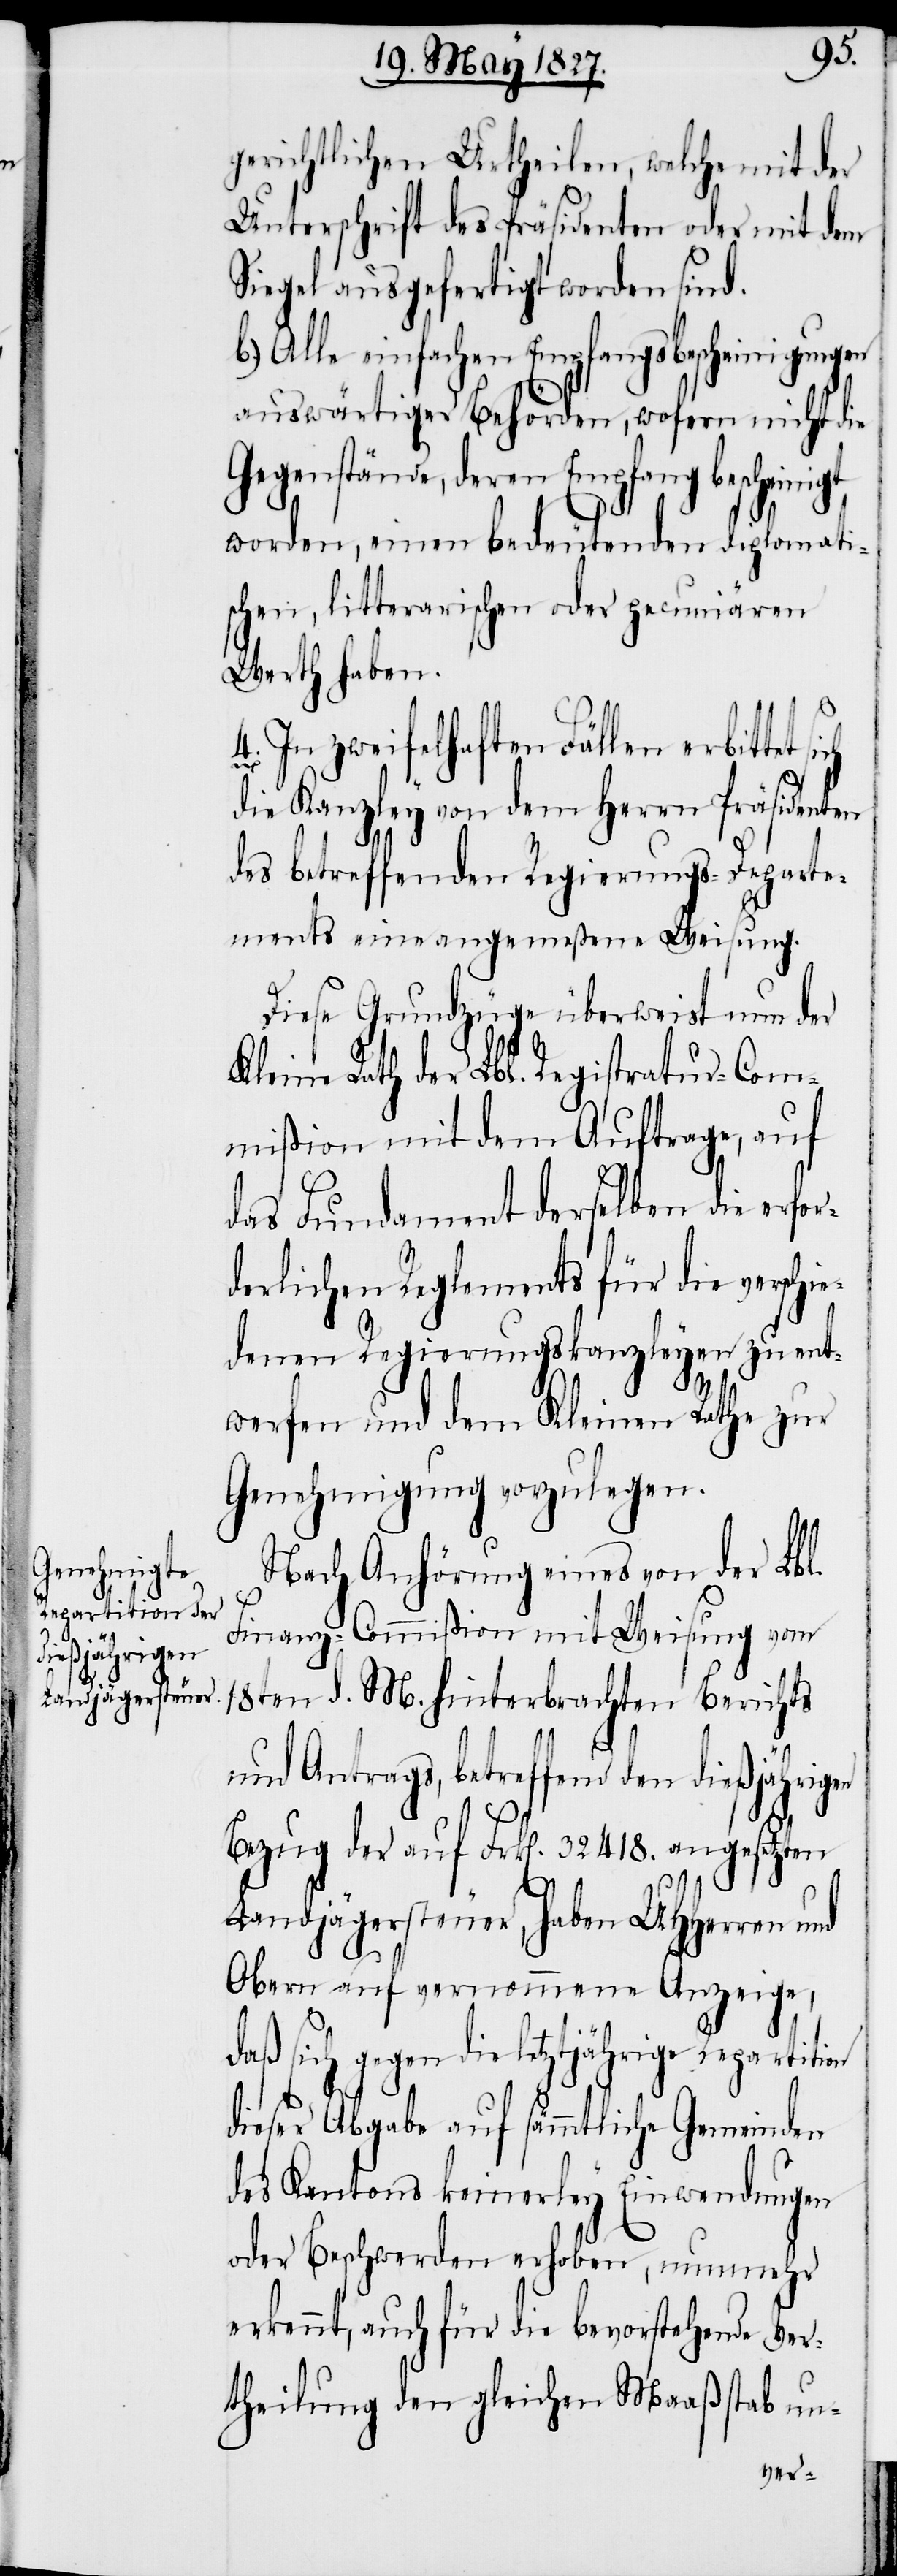
ie¬
gerichtlichen Urtheilen, welche mit der
Unterschrift des Präsidenten oder mit dem
Siegel ausgefertigt worden sind.
b.) Alle einfachen Empfangsbescheinigungen
auswärtiger Behörden, wofern nicht die
Gegenstände, deren Empfang bescheini¬
worden, einen bedeutenden diplomati¬
schen, litterarischen oder pecuniären
Werth haben.
4. In zweifelhaften Fällen erbittet
die Kanzley von dem Herrn Präsidenten
des betreffenden Regierungs-Departe¬
ments eine angemeßene Weisung.
Diese Grundzüge überweist nun der
Kleine Rath der Lbl. Registratur-Com¬
mißion mit dem Auftrage, auf
das Fundament derselben die erfor¬
derlichen Reglements für die versch¬
denen Regierungskanzleyen zu ent¬
werfen und dem Kleinen Rathe zur
Genehmigung vorzulegen.
Nach Anhörung eines von der Lbl.
Finanz-Commißion mit Weisung vom
18ten d. M. hinterbrachten Berichts
und Antrags, betreffend den dießjährig¬
Bezug der auf Frk[en]. 31418. angesetzten
gt
Landjägersteuer, haben UHHerren und
on
Obern auf vernommene Anzeige,
daß sich gegen die letztjährige Repartiti¬
dieser Abgabe auf sämmtliche Gemeinden
des Kantons keinerley Einwendungen
oder Beschwerden erhoben, nunmehr
erkennt, auch für die bevorstehende Ver¬
theilung den gleichen Maaßstab un-